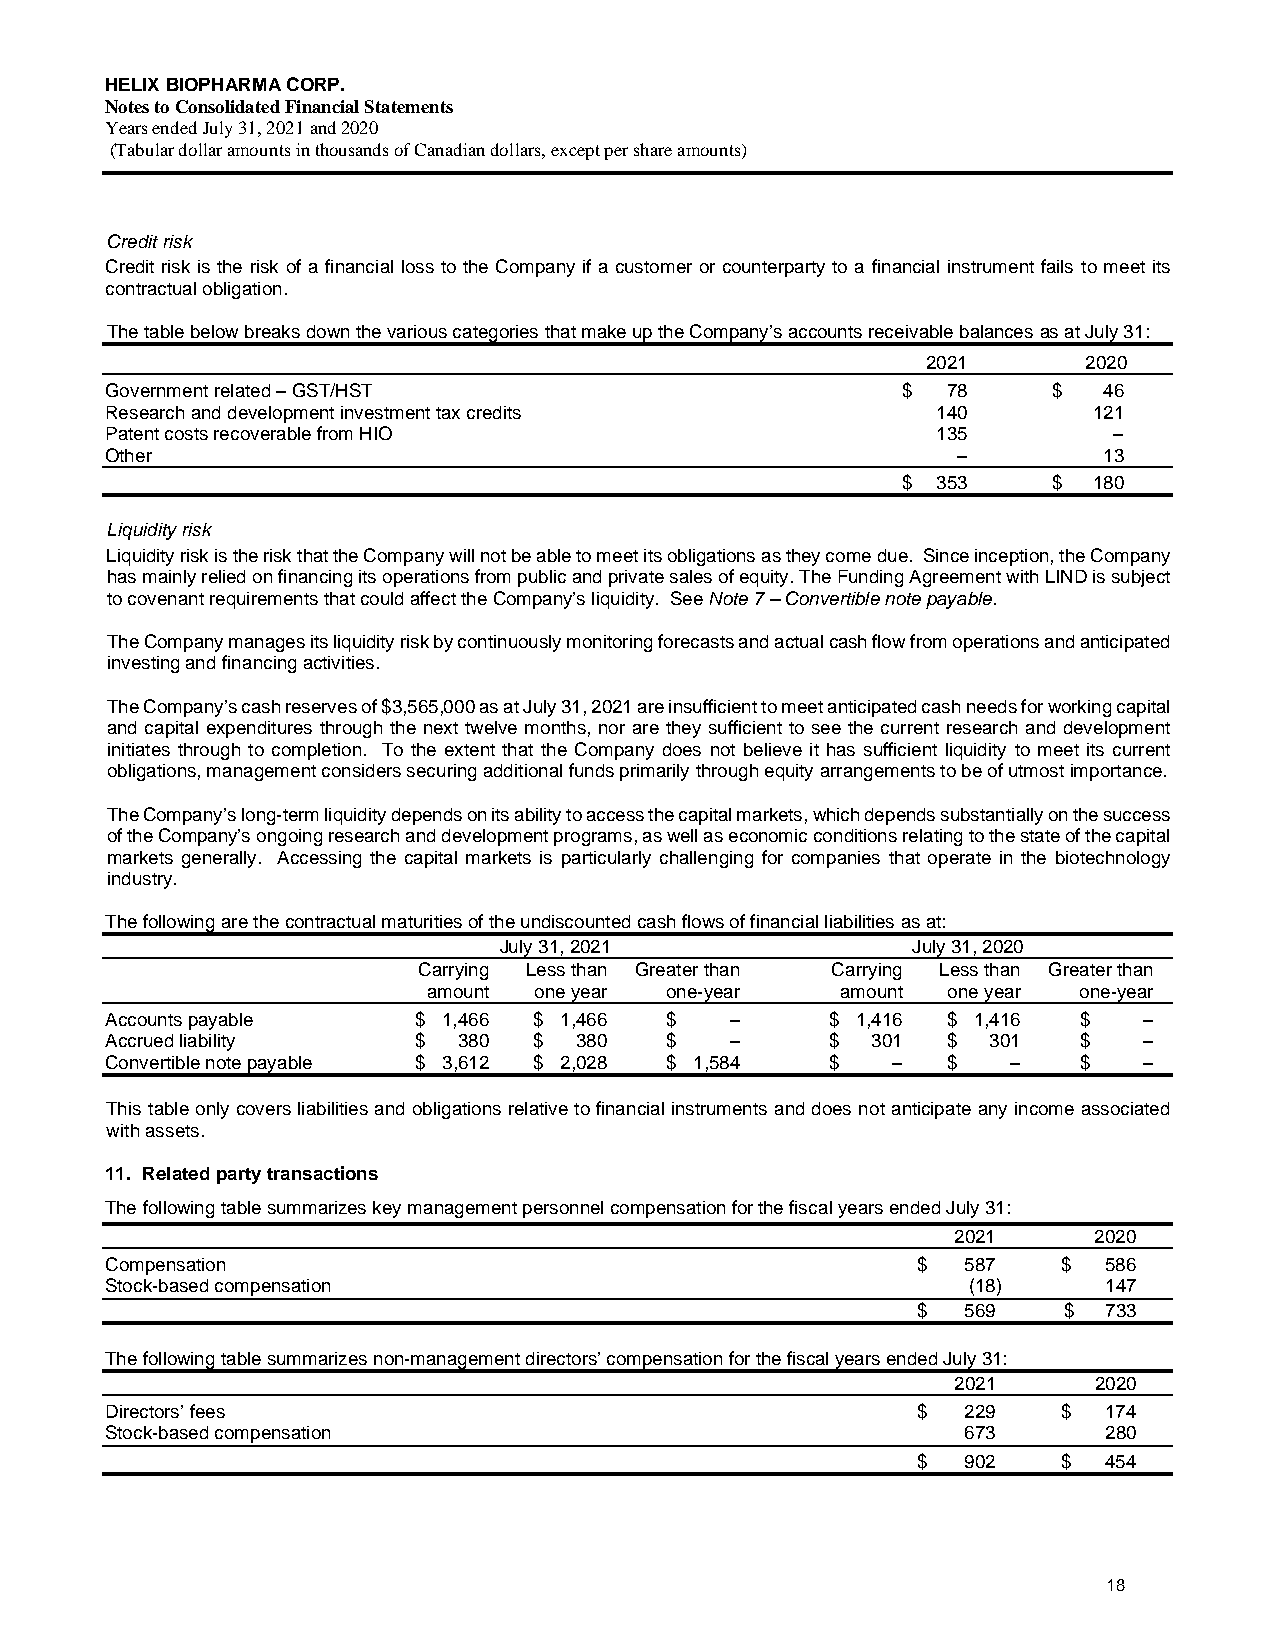
HELIX BIOPHARMA CORP.
 Notes to Consolidated Financial Statements
 Years ended July 31, 2021 and 2020
 (Tabular dollar amounts in thousands of Canadian dollars, except per share amounts)
 Credit risk
 Credit risk is the risk of a financial loss to the Company if a customer or counterparty to a financial instrument fails to meet its
 contractual obligation.
 The table below breaks down the various categories that make up the Company’s accounts receivable balances as at July 31:
 2021       2020
 Government related – GST/HST                         $  78     $  46
 Research and development investment tax credits        140       121
 Patent costs recoverable from HIO                      135         –
 Other                                                   –         13
 $ 353     $ 180
 Liquidity risk
 Liquidity risk is the risk that the Company will not be able to meet its obligations as they come due. Since inception, the Company
 has mainly relied on financing its operations from public and private sales of equity. The Funding Agreement with LIND is subject
 to covenant requirements that could affect the Company’s liquidity. See Note 7 – Convertible note payable.
 The Company manages its liquidity risk by continuously monitoring forecasts and actual cash flow from operations and anticipated
 investing and financing activities.
 The Company’s cash reserves of $3,565,000 as at July 31, 2021 are insufficient to meet anticipated cash needs for working capital
 and capital expenditures through the next twelve months, nor are they sufficient to see the current research and development
 initiates through to completion. To the extent that the Company does not believe it has sufficient liquidity to meet its current
 obligations, management considers securing additional funds primarily through equity arrangements to be of utmost importance.
 The Company’s long-term liquidity depends on its ability to access the capital markets, which depends substantially on the success
 of the Company’s ongoing research and development programs, as well as economic conditions relating to the state of the capital
 markets generally. Accessing the capital markets is particularly challenging for companies that operate in the biotechnology
 industry.
 The following are the contractual maturities of the undiscounted cash flows of financial liabilities as at:
 July 31, 2021              July 31, 2020
 Carrying Less than Greater than Carrying Less than Greater than
 amount one year one-year    amount one year one-year
 Accounts payable    $ 1,466 $ 1,466  $   –      $ 1,416 $ 1,416 $    –
 Accrued liability   $  380  $  380   $   –      $  301  $  301  $    –
 Convertible note payable $ 3,612 $ 2,028 $ 1,584 $  –   $   –   $    –
 This table only covers liabilities and obligations relative to financial instruments and does not anticipate any income associated
 with assets.
 11. Related party transactions
 The following table summarizes key management personnel compensation for the fiscal years ended July 31:
 2021     2020
 Compensation                                          $  587   $  586
 Stock-based compensation                                 (18)     147
 $  569   $  733
 The following table summarizes non-management directors’ compensation for the fiscal years ended July 31:
 2021     2020
 Directors’ fees                                       $  229   $  174
 Stock-based compensation                                 673      280
 $  902   $  454
 18